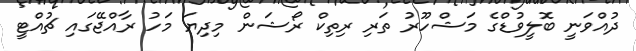
ދުއްވަނީ ބޮލީވުޑްގެ މަޝްހޫރު ތަރި ރިތިކް ރޯޝަން މިދިޔަ މަހު ރާއްޖޭގައި ޗުއްޓީ